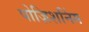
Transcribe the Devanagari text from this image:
पोज़िशनिंग